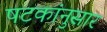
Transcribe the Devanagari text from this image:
षटकांनुसार